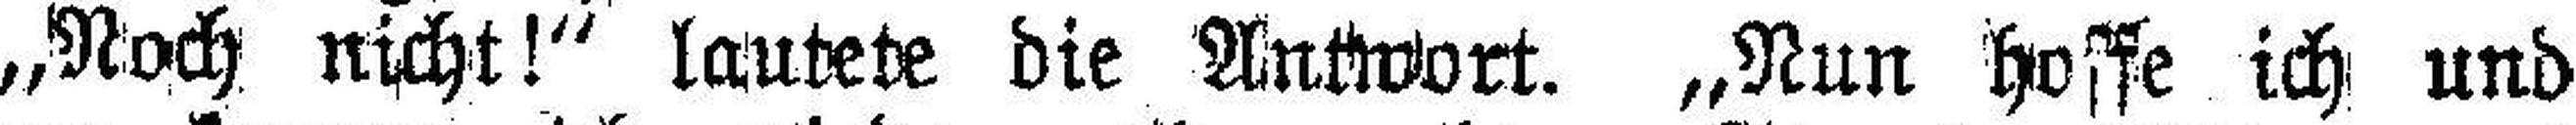
„Noch nicht!“ lautete die Antwort. „Nun hoffe ich und